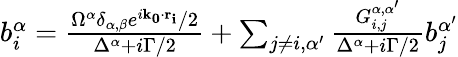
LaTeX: \begin{array}{r}{b_{i}^{\alpha}=\frac{\Omega^{\alpha}\delta_{\alpha,\beta}e^{i\mathbf{k_{0}\cdot r_{i}}}/2}{\Delta^{\alpha}+i\Gamma/2}+\sum_{j\neq i,\alpha^{\prime}}\frac{G_{i,j}^{\alpha,\alpha^{\prime}}}{\Delta^{\alpha}+i\Gamma/2}b_{j}^{\alpha^{\prime}}}\end{array}